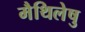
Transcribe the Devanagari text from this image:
मैथिलेषु